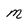
Character: M